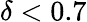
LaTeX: \delta<0.7